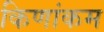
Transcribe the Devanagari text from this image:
किणांकम